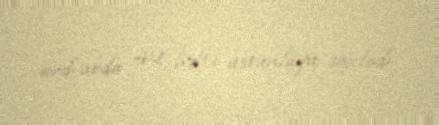
ard-arda 42 həftə üstünlüyü saxladı.